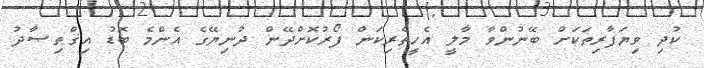
ކުދި ވިޔަފާރިތަކަށް ބޭނުންވާ މާލީ އެހީތެރިކަން ފޯރުކޮށްދޭން ދުނިޔޭގެ އެންމެ ބޮޑު އިޤްޠިޞާދު